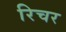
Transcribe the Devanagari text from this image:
रिचर